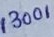
Text: 13001